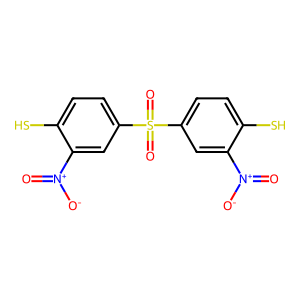
SMILES: O=[N+]([O-])c1cc(S(=O)(=O)c2ccc(S)c([N+](=O)[O-])c2)ccc1S
Inhibits HIV replication: No